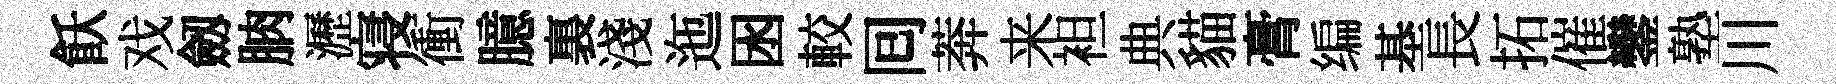
飫戏劔朒瀝寝衝臆裏淺迤囦較囘莾来袒典貓膏编基長拓催鑾塾川